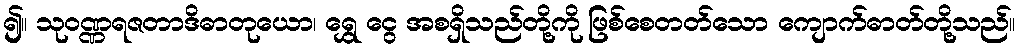
၍။ သုဝဏ္ဏရဇတာဒိဓာတုယော၊ ရွှေ ငွေ အစရှိသည်တို့ကို ဖြစ်စေတတ်သော ကျောက်ဓာတ်တို့သည်။